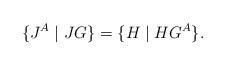
LaTeX: \begin{align*} \{ J^A \mid J G \} = \{ H \mid H G^A \} .\end{align*}